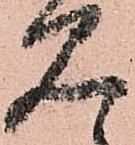
見